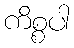
ကိစ္စပါ